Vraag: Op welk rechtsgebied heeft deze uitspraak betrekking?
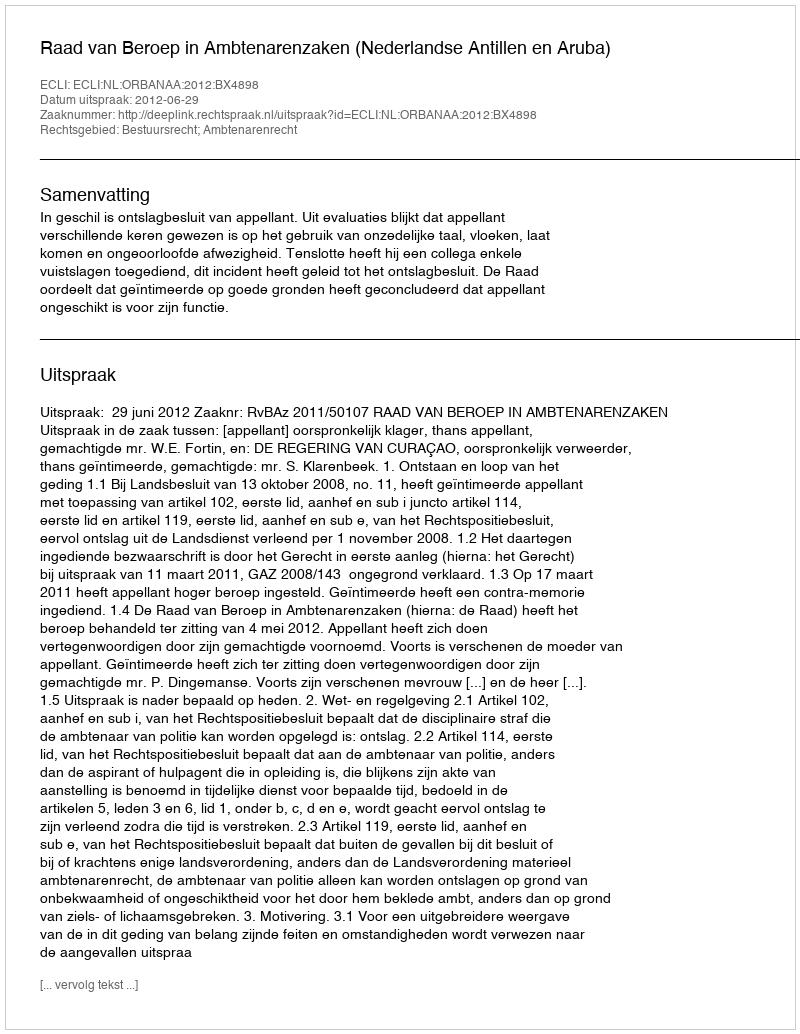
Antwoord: Bestuursrecht; Ambtenarenrecht